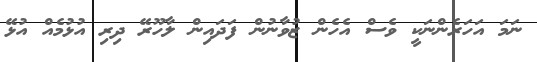
ނަމަ އަހަރެންނަކީ ވެސް އެހެން ޒުވާނުން ފަދައިން ލާހޫރޭ ދިރި އުޅުމެއް އުޅޭ